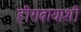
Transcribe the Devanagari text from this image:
हीराबायाशी